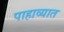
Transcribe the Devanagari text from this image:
पाहाव्यात